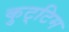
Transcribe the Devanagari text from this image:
कुट्‌टिम